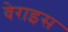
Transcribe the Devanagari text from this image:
वेराइस